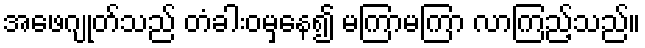
အဖေဂျုတ်သည် တံခါးဝမှနေ၍ မကြာမကြာ လာကြည့်သည်။